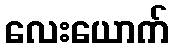
လေးယောက်